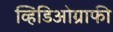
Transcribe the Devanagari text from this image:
व्हिडिओग्राफी